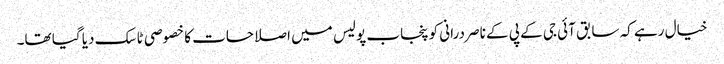
خیال رہے کہ سابق آئی جی کے پی کے ناصر درانی کو پنجاب پولیس میں اصلاحات کا خصوصی ٹاسک دیا گیا تھا۔